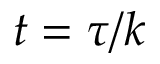
t = \tau / k